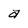
Character: a